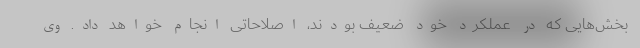
بخش‌هایی که در عملکرد خود ضعیف بودند، اصلاحاتی انجام خواهد داد. وی